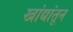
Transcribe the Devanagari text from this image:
खांद्यांतून